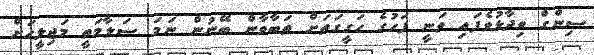
ސިންގް ވިދާޅުވެފައި ވަނީ ފަހުގެ ހަގީގަތަށް ތަބާވާން ބޭނުން ނަމަ ސަލާމަތީ މަޖިލީހަށް